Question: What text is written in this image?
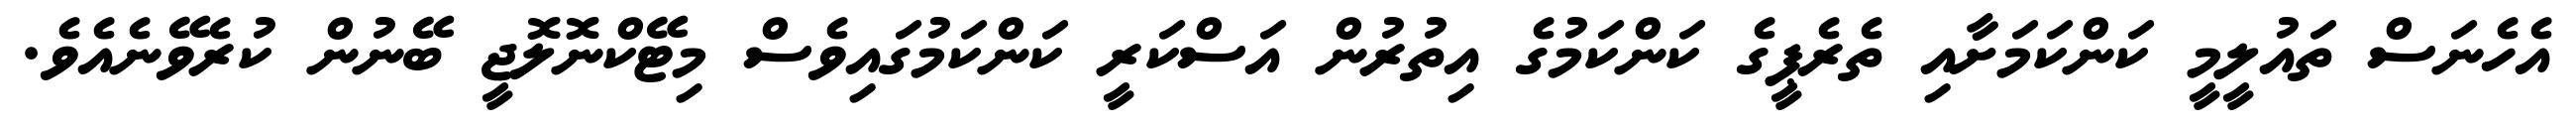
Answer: އެހެނަސް ތައުލީމީ ކަންކަމަށާއި ތެރެޕީގެ ކަންކަމުގެ އިތުރުން އަސްކަރީ ކަންކަމުގައިވެސް މިޓޭކްނޮލޮޖީ ބޭނުން ކުރެވޭނެއެވެ.